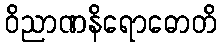
ဝိညာဏနိရောဓောတိ